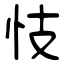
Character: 忮